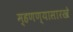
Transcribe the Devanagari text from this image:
म्हणण्यासारखे